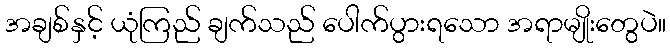
အချစ်နှင့် ယုံကြည် ချက်သည် ပေါက်ပွားရသော အရာမျိုးတွေပဲ။